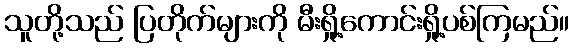
သူတို့သည် ပြတိုက်များကို မီးရှို့ကောင်းရှို့ပစ်ကြမည်။